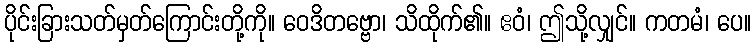
ပိုင်းခြားသတ်မှတ်ကြောင်းတို့ကို။ ဝေဒိတဗ္ဗော၊ သိထိုက်၏။ ဧဝံ၊ ဤသို့လျှင်။ ကတမံ၊ ပေ။